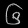
Digit: ၆